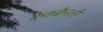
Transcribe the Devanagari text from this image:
क्वैकक्वैरली